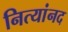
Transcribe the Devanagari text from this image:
नित्यांनद